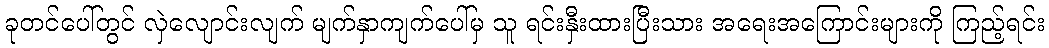
ခုတင်ပေါ်တွင် လှဲလျောင်းလျက် မျက်နှာကျက်ပေါ်မှ သူ ရင်းနှီးထားပြီးသား အရေးအကြောင်းများကို ကြည့်ရင်း